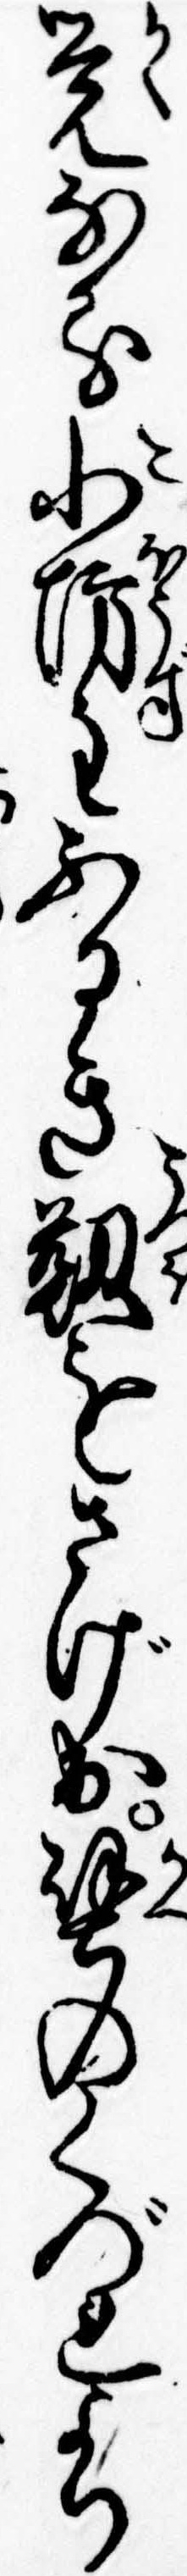
覚なる小坊主ふるき靭をさげ出壁のくづれより